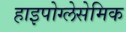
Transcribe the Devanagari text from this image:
हाइपोग्लेसेमिक